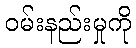
ဝမ်းနည်းမှုကို